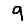
Digit: 9